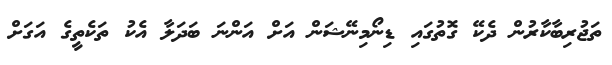
ތަޖުރިބާކާރުން ދެކޭ ގޮތުގައި ޑިނޯމިނޭޝަން އަށް އަންނަ ބަދަލާ އެކު ތަކެތީގެ އަގަށް